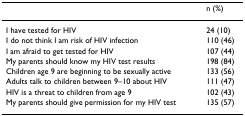
|  | n (%) |
 | --- | --- |
 | I have tested for HIV | 24 (10) |
 | I do not think I am risk of HIV infection | 110 (46) |
 | I am afraid to get tested for HIV | 107 (44) |
 | My parents should know my HIV test results | 198 (84) |
 | Children age 9 are beginning to be sexually active | 133 (56) |
 | Adults talk to children between 9–10 about HIV | 111 (47) |
 | HIV is a threat to children from age 9 | 102 (43) |
 | My parents should give permission for my HIV test | 135 (57) |